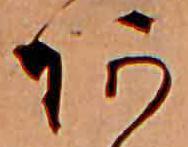
あ